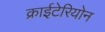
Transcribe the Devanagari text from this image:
क्राईटेरियोन